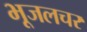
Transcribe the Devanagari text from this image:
भूजलचर